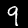
Digit: 9